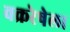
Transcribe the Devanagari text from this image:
वक्ररेषेला